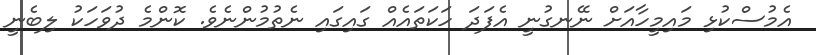
އެމުސްކުޅި މައިމީހާއަށް ނޭނގުނީ އެފަދަ ހަކަތައެއް ގައިގައި ނެތުމުންނެވެ. ކޮންމެ ދުވަހަކު ލިބެނީ